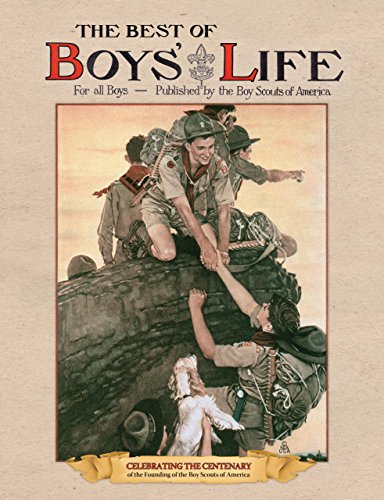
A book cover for The Best of Boys' Life: For All Boys- Celebrating the Centenary of the Founding of the Boy Scouts of America; Boy Scouts of America; Humor & Entertainment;